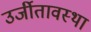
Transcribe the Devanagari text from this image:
उर्जीतावस्था